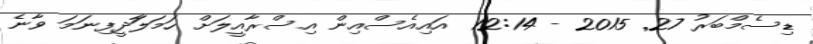
ޑިސެމްބަރު 27